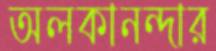
অলকানন্দার